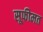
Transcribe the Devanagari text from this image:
सूफीमत